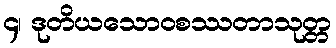
၄၊ ဒုတိယသောဝစဿတာသုတ္တ